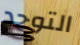
التوحد